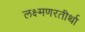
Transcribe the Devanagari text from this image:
लक्ष्मणरतीर्था